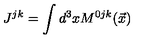
J ^ { j k } = \int d ^ { 3 } x M ^ { 0 j k } ( \vec { x } )